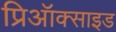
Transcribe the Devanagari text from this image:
प्रिऑक्साइड